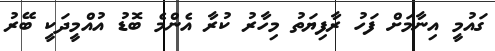
ގައުމީ އިނާމަށް ފަހު ރާފިޔަތު މިހާރު ކުރާ އެންމެ ބޮޑު އުއްމީދަކީ ބޭރު